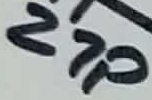
Text: 27P